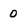
Character: 0